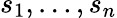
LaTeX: s_{1},\ldots,s_{n}